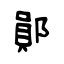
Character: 鄖